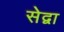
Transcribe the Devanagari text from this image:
सेद्वा